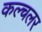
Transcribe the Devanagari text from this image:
कल्चलर